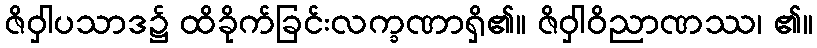
ဇိဝှါပသာဒ၌ ထိခိုက်ခြင်းလက္ခဏာရှိ၏။ ဇိဝှါဝိညာဏဿ၊ ၏။